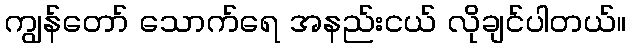
ကျွန်တော် သောက်ရေ အနည်းငယ် လိုချင်ပါတယ်။